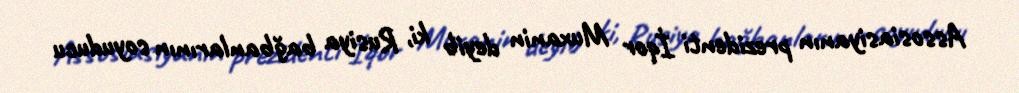
Assosiasiyanın prezidenti İqor Muxanin deyib ki, Rusiya bağbanlarının soyuducu